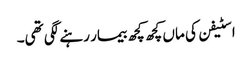
اسٹیفن کی ماں کچھ کچھ بیمار رہنے لگی تھی۔